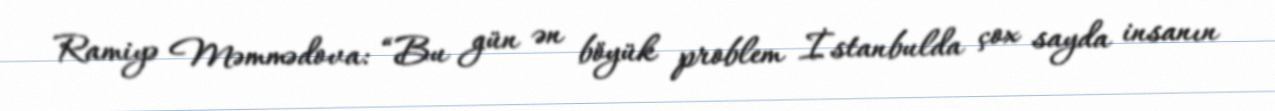
Ramiyə Məmmədova: “Bu gün ən böyük problem İstanbulda çox sayda insanın